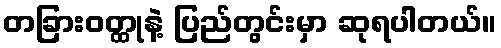
တခြားဝတ္ထုနဲ့ ပြည်တွင်းမှာ ဆုရပါတယ်။